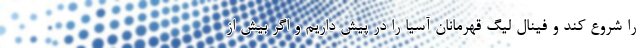
را شروع کند و فینال لیگ قهرمانان آسیا را در پیش داریم و اگر بیش از